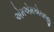
એમએમએચજી